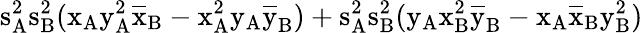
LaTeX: \mathrm{s_{A}^{2}\mathrm{s_{B}^{2}(\mathrm{x_{A}\mathrm{y_{A}^{2}\mathrm{\overline{{x}}_{B}-\mathrm{x_{A}^{2}\mathrm{y_{A}\mathrm{\overline{{y}}_{B})+\mathrm{s_{A}^{2}\mathrm{s_{B}^{2}(\mathrm{y_{A}\mathrm{x_{B}^{2}\mathrm{\overline{{y}}_{B}-\mathrm{x_{A}\mathrm{\overline{{x}}_{B}\mathrm{y_{B}^{2})}}}}}}}}}}}}}}}}